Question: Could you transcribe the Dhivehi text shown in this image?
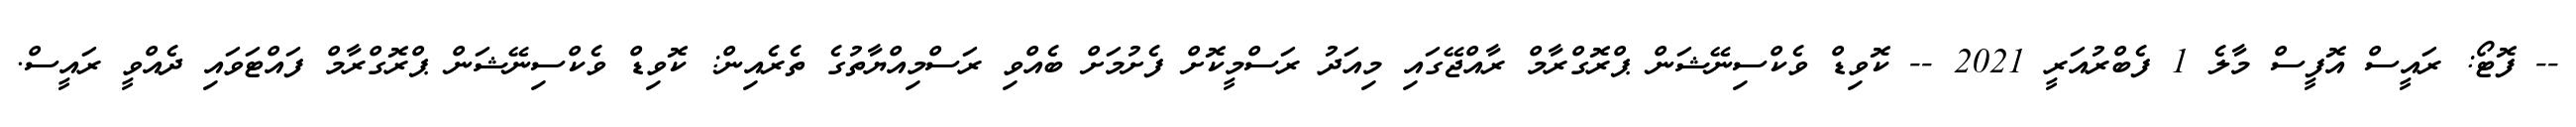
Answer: -- ފޮޓޯ: ރައީސް އޮފީސް މާލެ 1 ފެބްރުއަރީ 2021 -- ކޮވިޑް ވެކްސިނޭޝަން ޕްރޮގްރާމް ރާއްޖޭގައި މިއަދު ރަސްމީކޮށް ފެށުމަށް ބެއްވި ރަސްމިއްޔާތުގެ ތެރެއިން: ކޮވިޑް ވެކްސިނޭޝަން ޕްރޮގްރާމް ފައްޓަވައި ދެއްވީ ރައީސް.